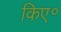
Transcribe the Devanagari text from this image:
किए॰